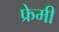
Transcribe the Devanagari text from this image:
फ्रेमी